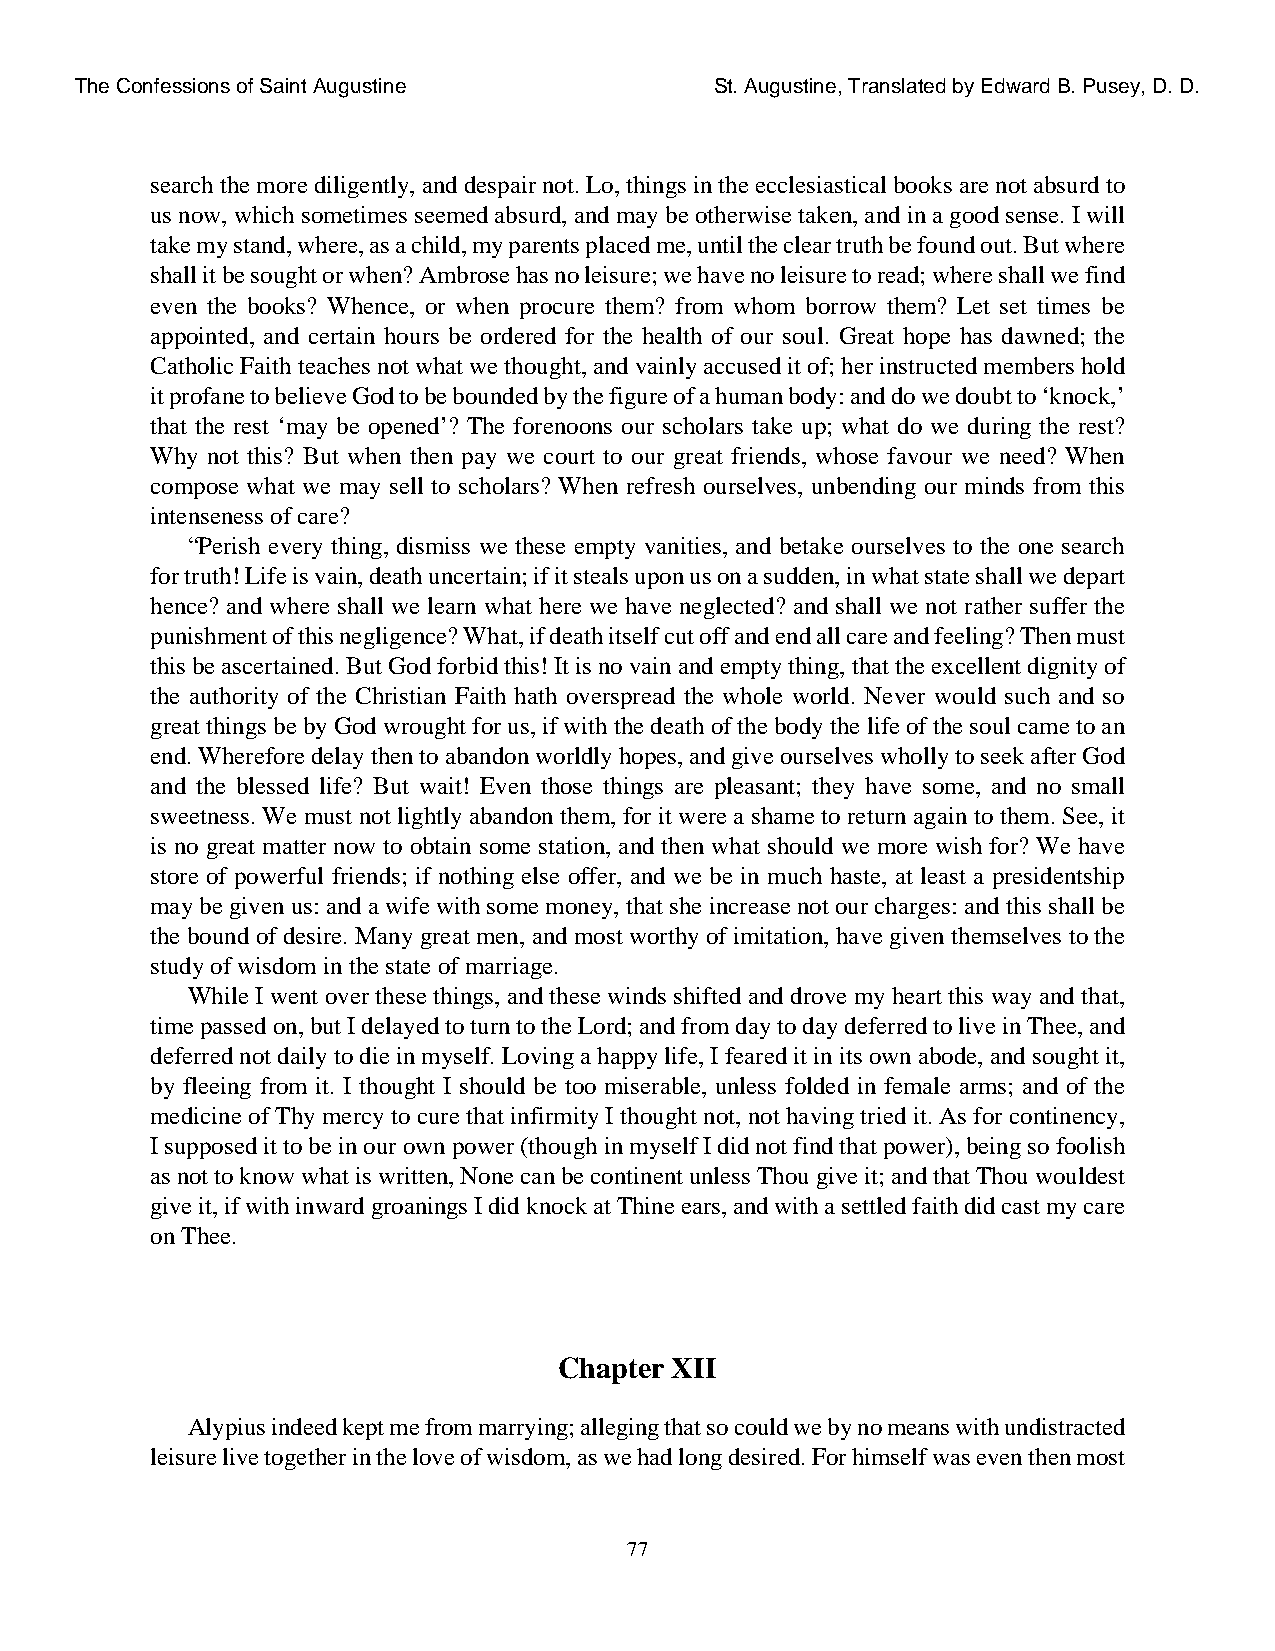
The Confessions of Saint Augustine        St. Augustine, Translated by Edward B. Pusey, D. D.
 search the more diligently, and despair not. Lo, things in the ecclesiastical books are not absurd to
 us now, which sometimes seemed absurd, and may be otherwise taken, and in a good sense. I will
 take my stand, where, as a child, my parents placed me, until the clear truth be found out. But where
 shall it be sought or when? Ambrose has no leisure; we have no leisure to read; where shall we find
 even the books? Whence, or when procure them? from whom borrow them? Let set times be
 appointed, and certain hours be ordered for the health of our soul. Great hope has dawned; the
 Catholic Faith teaches not what we thought, and vainly accused it of; her instructed members hold
 it profane to believe God to be bounded by the figure of a human body: and do we doubt to ‘knock,’
 that the rest ‘may be opened’? The forenoons our scholars take up; what do we during the rest?
 Why not this? But when then pay we court to our great friends, whose favour we need? When
 compose what we may sell to scholars? When refresh ourselves, unbending our minds from this
 intenseness of care?
 “Perish every thing, dismiss we these empty vanities, and betake ourselves to the one search
 for truth! Life is vain, death uncertain; if it steals upon us on a sudden, in what state shall we depart
 hence? and where shall we learn what here we have neglected? and shall we not rather suffer the
 punishment of this negligence? What, if death itself cut off and end all care and feeling? Then must
 this be ascertained. But God forbid this! It is no vain and empty thing, that the excellent dignity of
 the authority of the Christian Faith hath overspread the whole world. Never would such and so
 great things be by God wrought for us, if with the death of the body the life of the soul came to an
 end. Wherefore delay then to abandon worldly hopes, and give ourselves wholly to seek after God
 and the blessed life? But wait! Even those things are pleasant; they have some, and no small
 sweetness. We must not lightly abandon them, for it were a shame to return again to them. See, it
 is no great matter now to obtain some station, and then what should we more wish for? We have
 store of powerful friends; if nothing else offer, and we be in much haste, at least a presidentship
 may be given us: and a wife with some money, that she increase not our charges: and this shall be
 the bound of desire. Many great men, and most worthy of imitation, have given themselves to the
 study of wisdom in the state of marriage.
 While I went over these things, and these winds shifted and drove my heart this way and that,
 time passed on, but I delayed to turn to the Lord; and from day to day deferred to live in Thee, and
 deferred not daily to die in myself. Loving a happy life, I feared it in its own abode, and sought it,
 by fleeing from it. I thought I should be too miserable, unless folded in female arms; and of the
 medicine of Thy mercy to cure that infirmity I thought not, not having tried it. As for continency,
 I supposed it to be in our own power (though in myself I did not find that power), being so foolish
 as not to know what is written, None can be continent unless Thou give it; and that Thou wouldest
 give it, if with inward groanings I did knock at Thine ears, and with a settled faith did cast my care
 on Thee.
 Chapter XII
 Alypius indeed kept me from marrying; alleging that so could we by no means with undistracted
 leisure live together in the love of wisdom, as we had long desired. For himself was even then most
 77